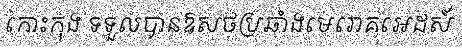
កោះកុង ទទួលបានឱសថប្រឆាំងមេរោគអេដស៍